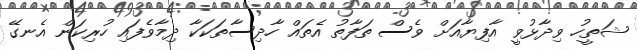
ޝަތީހު ވިދާޅުވީ އާފިޔާއަށް ވެސް ތަފާތު އެތައް ހާދިސާތަކަކާ ދިމާވެފައި ހުރިކަން އެނގޭ